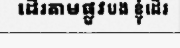
ដើរតាមផ្លូវបង ខ្ញុំដើរ